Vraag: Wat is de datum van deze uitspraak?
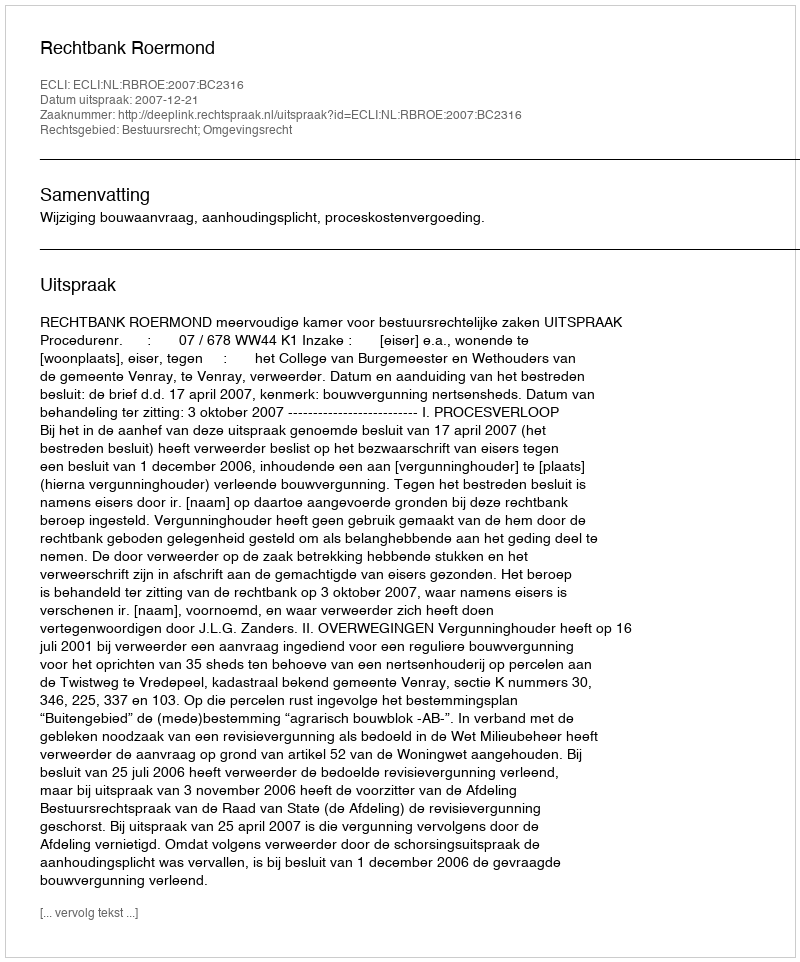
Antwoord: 2007-12-21